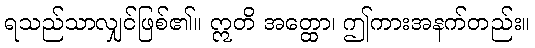
ရသည်သာလျှင်ဖြစ်၏။ ဣတိ အတ္ထော၊ ဤကားအနက်တည်း။